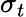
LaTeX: \sigma_{t}